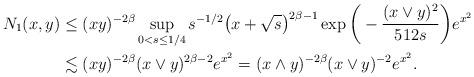
LaTeX: \begin{align*}N_1(x,y) & \le (xy)^{-2\beta} \sup_{0<s \le 1/4} s^{-1/2}\big(x+\sqrt{s}\big)^{2\beta-1}\exp\bigg(-\frac{(x \vee y)^2}{512s}\bigg)e^{x^2} \\& \lesssim (xy)^{-2\beta} (x \vee y)^{2\beta-2} e^{x^2}= (x \wedge y)^{-2\beta} (x \vee y)^{-2} e^{x^2}.\end{align*}